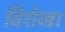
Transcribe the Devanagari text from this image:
विशेखा